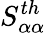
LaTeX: S_{\alpha\alpha}^{th}